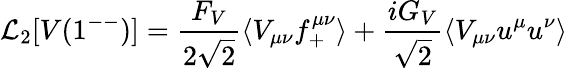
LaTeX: {\cal L}_{2}[V(1^{--})]=\frac{F_{V}}{2\sqrt{2}}\langle V_{\mu\nu}f_{+}^{\mu\nu}\rangle+\frac{iG_{V}}{\sqrt{2}}\langle V_{\mu\nu}u^{\mu}u^{\nu}\rangle